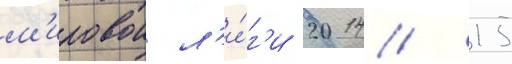
м'ировои л'и́г'и 2014/ 15